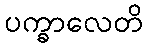
ပက္ခာလေတိ